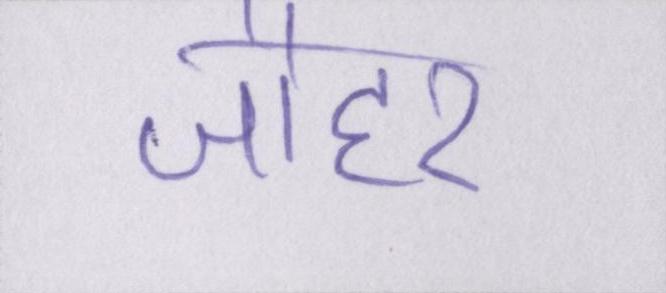
जौहर